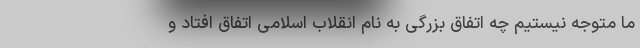
ما متوجه نیستیم چه اتفاق بزرگی به نام انقلاب اسلامی اتفاق افتاد و